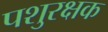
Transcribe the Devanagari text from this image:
पशुरक्षक